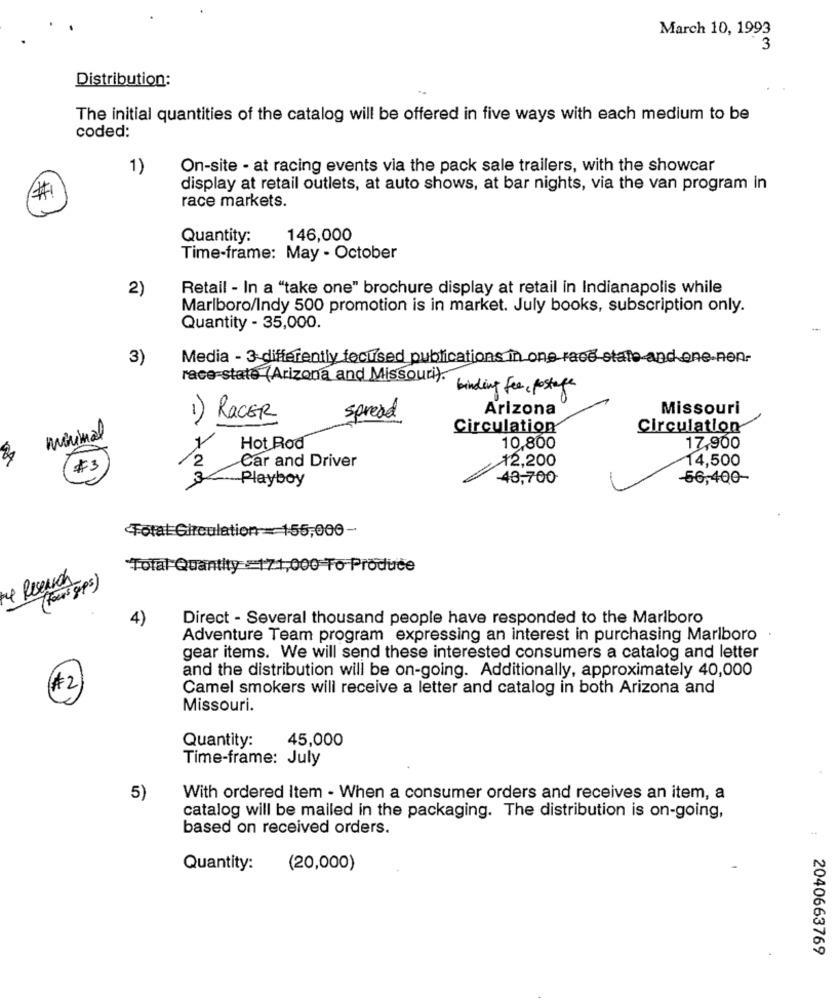
March 10, 1993
3
Distribution:
The initial quantities of the catalog will be offered in five ways with each medium to be
coded:
1)
On-site - at racing events via the pack sale trailers, with the showcar
display at retail outlets, at auto shows, at bar nights, via the van program in
race markets.
Quantity:
146,000
Time-frame: May - October
2)
Retail - In a "take one" brochure display at retail in Indianapolis while
Marlboro/Indy 500 promotion is in market. July books, subscription only.
Quantity - 35,000.
3)
Media - 3 differently focused publications in one race-state and one-nen-
race-state (Arizona and Missouri).
binding fee , postage
Arizona
Missouri
1) RACER
spread
Circulation
Circulation
minimal
1
Hot Rod
10,800
17,900
¥2,200
14,500
$3
2
Car and Driver
3
-Playboy
-48,700
-56,400-
Total Circulation = 155,000-
Total Quantity :171,000 To Produce
4 Research
(fours gps)
4)
Direct - Several thousand people have responded to the Marlboro
Adventure Team program expressing an interest in purchasing Marlboro
gear items. We will send these interested consumers a catalog and letter
and the distribution will be on-going. Additionally, approximately 40,000
#2
Camel smokers will receive a letter and catalog in both Arizona and
Missouri.
45,000
Quantity:
Time-frame: July
5)
With ordered Item - When a consumer orders and receives an item, a
catalog will be mailed in the packaging. The distribution is on-going,
based on received orders.
Quantity:
(20,000)
2040663769